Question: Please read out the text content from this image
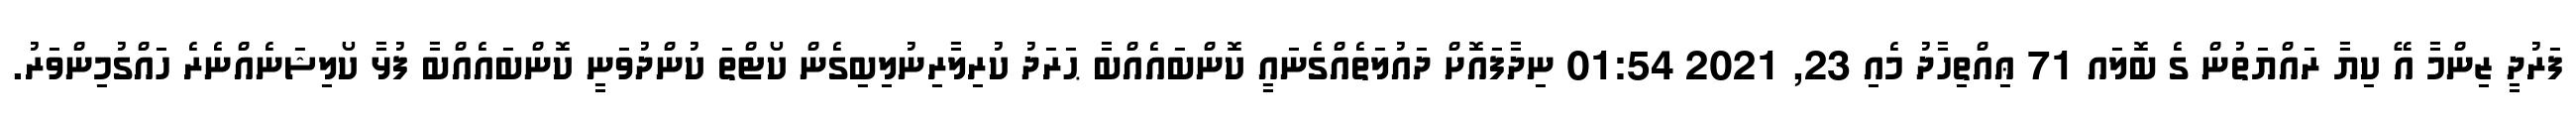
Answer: ފަރުދީ ޒިންމާ އޭ ކިޔާ ރައްޔަތުން ގެ ބޮލައ 71 ޢިއްތިހާދު މެއި 23, 2021 01:54 ނިދާފައޮށް ދައުލަތެއްގެނައީ ކޮންބައެއްބާ ޙަރަދު ކުރިލާރިނުލިބިގެން ކޯޓްތަ ކުންދުވަނީ ކޮންބައެއްބާ ފުޅާ ކޯލިޝަނެއްނެރެ ހައްގުމިންވަރު.